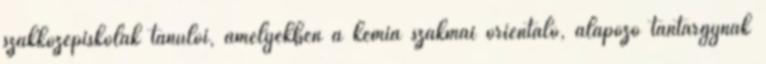
szakközépiskolák tanulói, amelyekben a kémia szakmai orientáló, alapozó tantárgynak